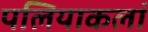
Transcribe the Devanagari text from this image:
पलियाकलां